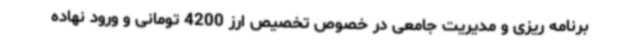
برنامه ریزی و مدیریت جامعی در خصوص تخصیص ارز 4200 تومانی و ورود نهاده